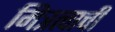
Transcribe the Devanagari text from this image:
मित्रत्वाची